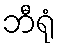
ဘီရုံ